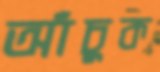
আঁচুক